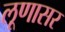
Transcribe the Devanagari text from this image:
लूणासर